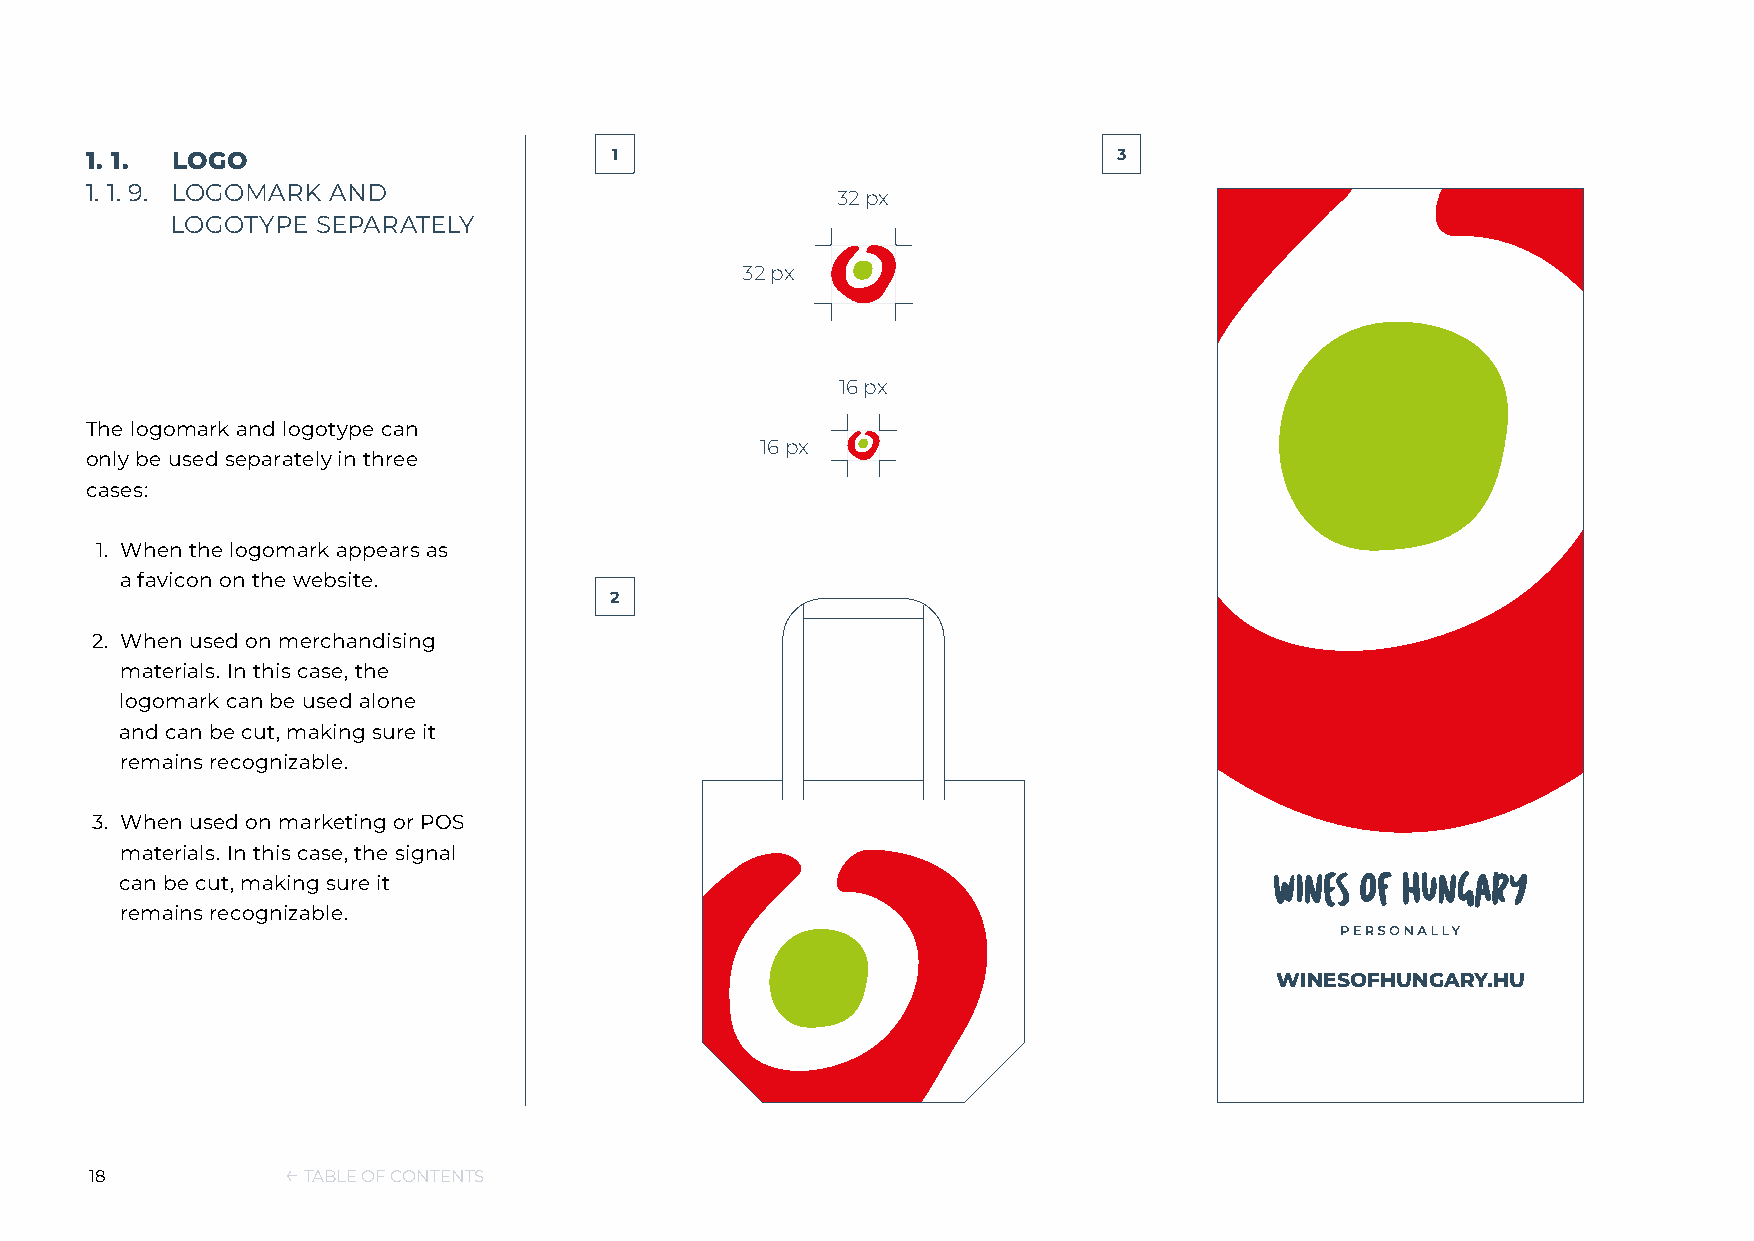
1. 1. LOGO                        1                                 3
 1. 1. 9. LOGOMARK AND
 32 px
 LOGOTYPE  SEPARATELY
 32 px
 16 px
 The logomark and logotype can
 16 px
 only be used separately in three
 cases:
 1. When the logomark appears as
 a favicon on the website.
 2
 2. When used on merchandising
 materials. In this case, the
 logomark can be used alone
 and can be cut, making sure it
 remains recognizable.
 3. When used on marketing or POS
 materials. In this case, the signal
 can be cut, making sure it
 remains recognizable.
 WINESOFHUNGARY.HU
 18           ← TABLE OF CONTENTS